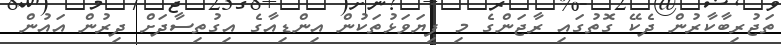
ތަޖުރިބާކާރުން ދެކޭ ގޮތުގައި ރާޖަންގެ މި ފިޔަވަޅުތަކުން އިންޑިއާގެ އިގުތިސާދަށް ދިރުން އައުން